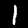
Label: 1